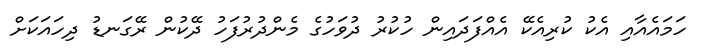
ހަމައެއާއި އެކު ކުރިއެކޭ އެއްފަދައިން ހުކުރު ދުވަހުގެ މެންދުރުފަހު ދޭކުން ރޭގަނޑު ދިހައަކަށް